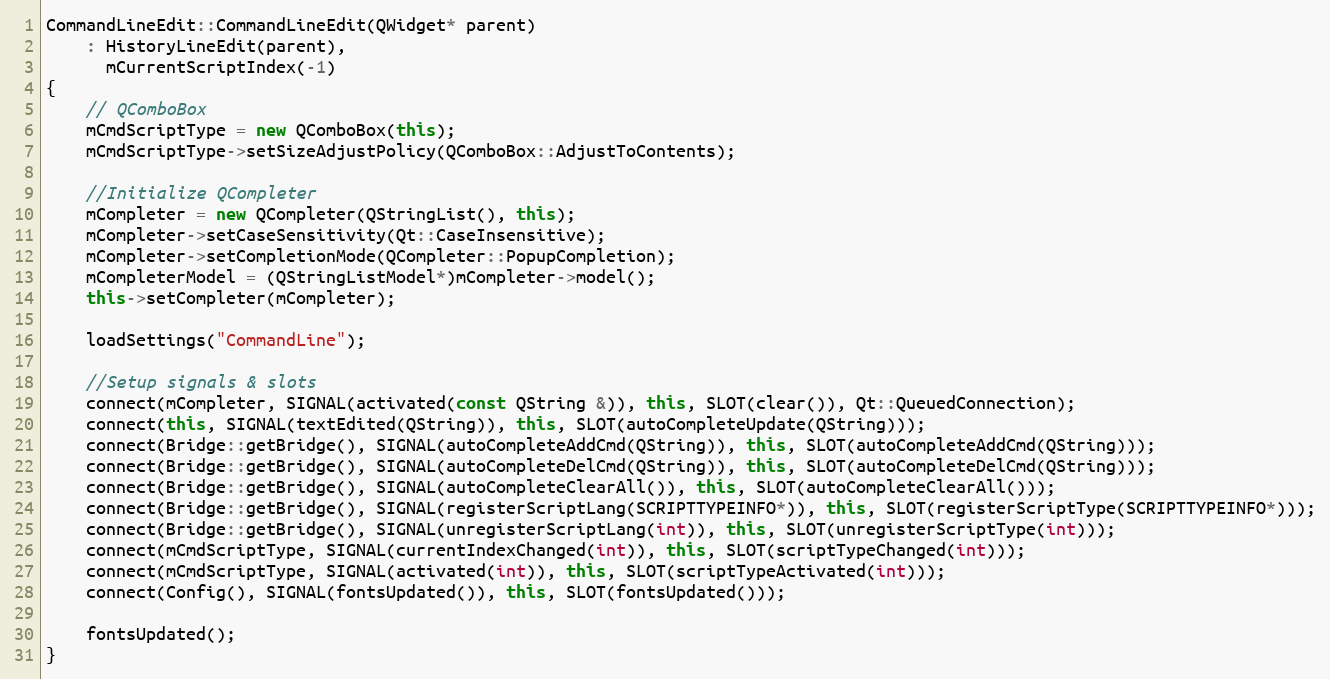
Language: C++
CommandLineEdit::CommandLineEdit(QWidget* parent)
    : HistoryLineEdit(parent),
      mCurrentScriptIndex(-1)
{
    // QComboBox
    mCmdScriptType = new QComboBox(this);
    mCmdScriptType->setSizeAdjustPolicy(QComboBox::AdjustToContents);

    //Initialize QCompleter
    mCompleter = new QCompleter(QStringList(), this);
    mCompleter->setCaseSensitivity(Qt::CaseInsensitive);
    mCompleter->setCompletionMode(QCompleter::PopupCompletion);
    mCompleterModel = (QStringListModel*)mCompleter->model();
    this->setCompleter(mCompleter);

    loadSettings("CommandLine");

    //Setup signals & slots
    connect(mCompleter, SIGNAL(activated(const QString &)), this, SLOT(clear()), Qt::QueuedConnection);
    connect(this, SIGNAL(textEdited(QString)), this, SLOT(autoCompleteUpdate(QString)));
    connect(Bridge::getBridge(), SIGNAL(autoCompleteAddCmd(QString)), this, SLOT(autoCompleteAddCmd(QString)));
    connect(Bridge::getBridge(), SIGNAL(autoCompleteDelCmd(QString)), this, SLOT(autoCompleteDelCmd(QString)));
    connect(Bridge::getBridge(), SIGNAL(autoCompleteClearAll()), this, SLOT(autoCompleteClearAll()));
    connect(Bridge::getBridge(), SIGNAL(registerScriptLang(SCRIPTTYPEINFO*)), this, SLOT(registerScriptType(SCRIPTTYPEINFO*)));
    connect(Bridge::getBridge(), SIGNAL(unregisterScriptLang(int)), this, SLOT(unregisterScriptType(int)));
    connect(mCmdScriptType, SIGNAL(currentIndexChanged(int)), this, SLOT(scriptTypeChanged(int)));
    connect(mCmdScriptType, SIGNAL(activated(int)), this, SLOT(scriptTypeActivated(int)));
    connect(Config(), SIGNAL(fontsUpdated()), this, SLOT(fontsUpdated()));

    fontsUpdated();
}